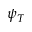
\psi _ { T }